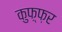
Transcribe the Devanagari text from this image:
कुफ़्फ़र